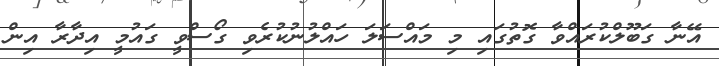
އޭނާ ގަބޫލްކުރައްވާ ގޮތުގައި މި މައްސަލަ ހައްލުނުކުރެވި ގޯސްވީ ގައުމީ އިދާރާ އިން